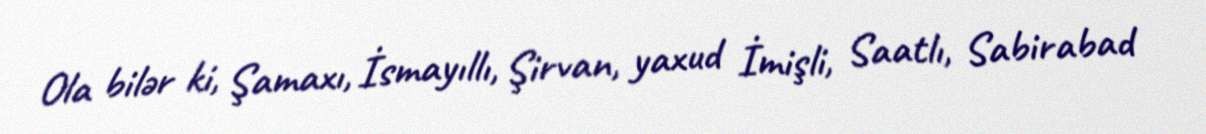
Ola bilər ki, Şamaxı, İsmayıllı, Şirvan, yaxud İmişli, Saatlı, Sabirabad